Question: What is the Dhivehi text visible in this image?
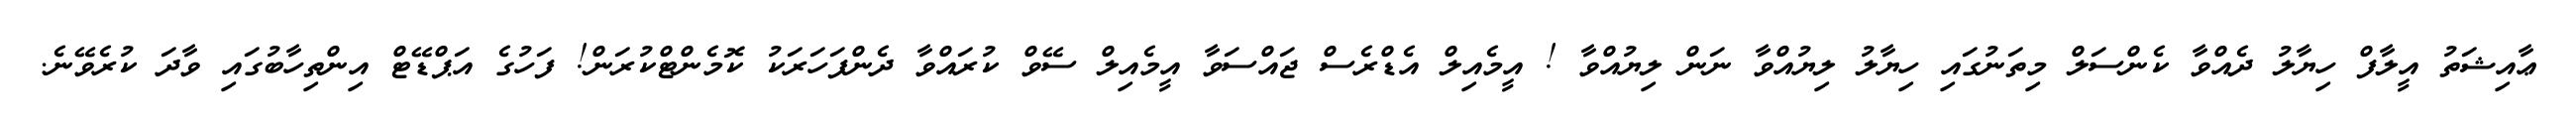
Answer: ޢާއިޝަތު އީލާފް ހިޔާލު ދެއްވާ ކެންސަލް މިތަނުގައި ހިޔާލު ލިޔުއްވާ ނަން ލިޔުއްވާ ! އީމެއިލް އެޑްރެސް ޖައްސަވާ އީމެއިލް ސޭވް ކުރައްވާ ދެންފަހަރަކު ކޮމެންޓްކުރަން! ފަހުގެ އަޕްޑޭޓް އިންތިހާބުގައި ވާދަ ކުރެވޭނެ.